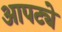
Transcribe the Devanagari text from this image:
आपट्ये